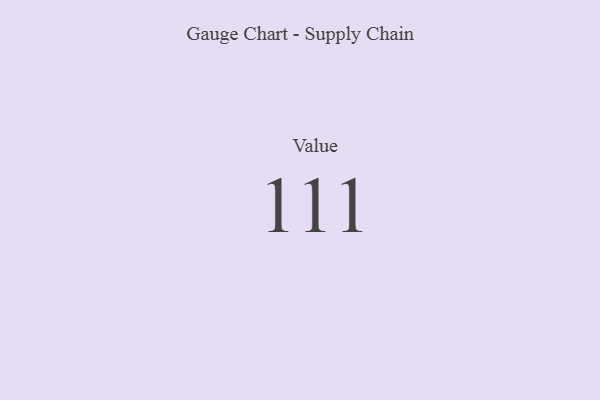
{"axis": {"x": "Metric", "y": "Value"}, "legend": [""], "data": [{"x": "Value", "y": 111, "type": ""}]}